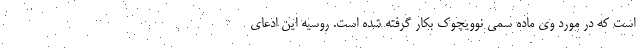
است که در مورد وی ماده سمی نوویچوک بکار گرفته شده است. روسیه این ادعای